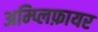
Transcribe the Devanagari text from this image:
अम्प्लिफ़ायर